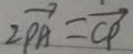
2 \overrightarrow { P A } = \overrightarrow { C P }